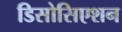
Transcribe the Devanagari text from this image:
डिसोसिएशन